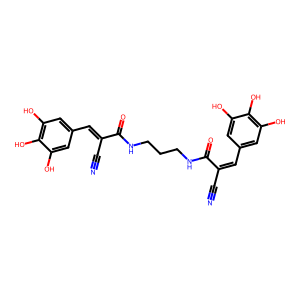
SMILES: N#CC(=Cc1cc(O)c(O)c(O)c1)C(=O)NCCCNC(=O)C(C#N)=Cc1cc(O)c(O)c(O)c1
Inhibits HIV replication: No